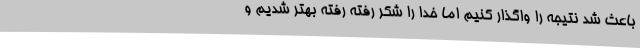
باعث شد نتیجه را واگذار کنیم اما خدا را شکر رفته رفته بهتر شدیم و